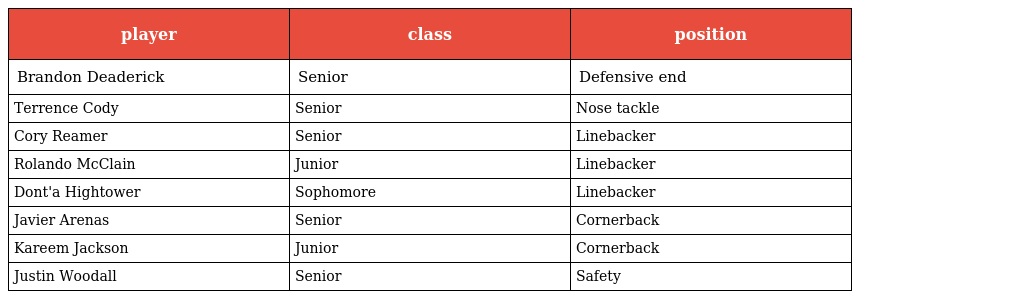
| player | class | position |
 | --- | --- | --- |
 | Brandon Deaderick | Senior | Defensive end |
 | Terrence Cody | Senior | Nose tackle |
 | Cory Reamer | Senior | Linebacker |
 | Rolando McClain | Junior | Linebacker |
 | Dont'a Hightower | Sophomore | Linebacker |
 | Javier Arenas | Senior | Cornerback |
 | Kareem Jackson | Junior | Cornerback |
 | Justin Woodall | Senior | Safety |